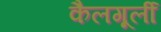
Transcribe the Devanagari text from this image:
कैलगूर्ली